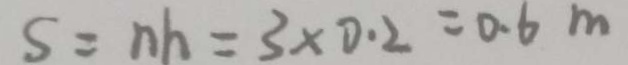
S = n h = 3 \times 0 . 2 = 0 . 6 m